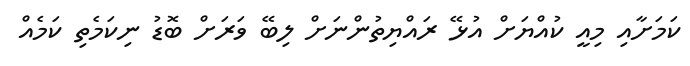
ކަމަށާއި މިއީ ކުއްޔަށް އުޅޭ ރައްޔިތުންނަށް ލިބޭ ވަރަށް ބޮޑު ނިކަމެތި ކަމެއް